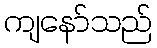
ကျနော်သည်